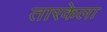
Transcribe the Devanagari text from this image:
तारकेला